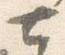
七